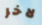
لاخر